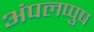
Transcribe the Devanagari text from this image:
अंपलप्पुष